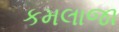
કમલાજા